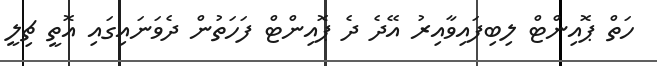
ހަތް ޕޮއިންޓް ލިބިފައިވާއިރު އޭދެ ދެ ޕޮއިންޓް ފަހަތުން ދެވަނައިގައި އޮތީ ޗިލީ